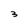
Character: 3